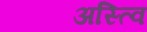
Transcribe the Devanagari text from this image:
अस्त्वि